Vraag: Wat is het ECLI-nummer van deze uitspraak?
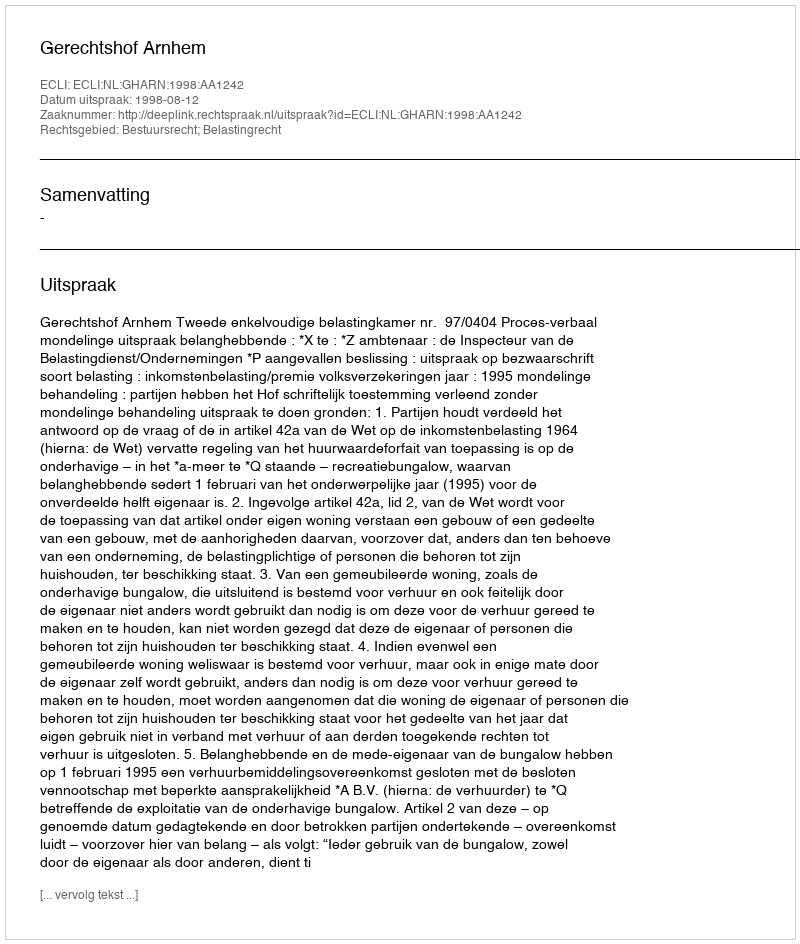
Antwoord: ECLI:NL:GHARN:1998:AA1242